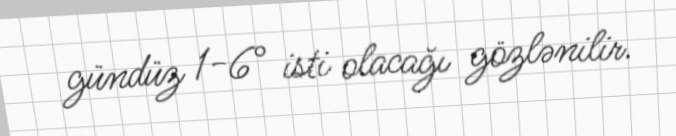
gündüz 1-6° isti olacağı gözlənilir.